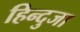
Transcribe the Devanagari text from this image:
हिन्दुजा